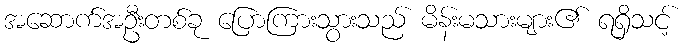
အဆောက်အဦးတစ်ခု ပြောကြားသွားသည် မိန်းမသားများ၏ ရရှိသင့်